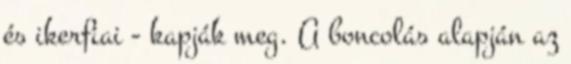
és ikerfiai - kapják meg. A boncolás alapján az